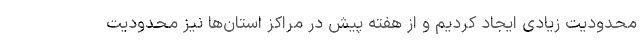
محدودیت زیادی ایجاد کردیم و از هفته پیش در مراکز استان‌ها نیز محدودیت